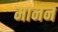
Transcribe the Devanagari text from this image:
मानन